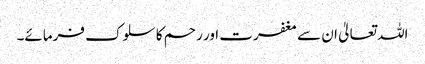
اللہ تعالیٰ ان سے مغفرت اور رحم کا سلوک فرمائے۔